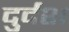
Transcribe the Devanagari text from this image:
दुर्दश